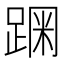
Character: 𰸗